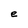
Character: e